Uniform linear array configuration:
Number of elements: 8
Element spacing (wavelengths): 0.25
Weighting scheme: hann
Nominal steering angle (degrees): -15
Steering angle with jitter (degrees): -16.392
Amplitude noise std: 0.05
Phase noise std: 0.05

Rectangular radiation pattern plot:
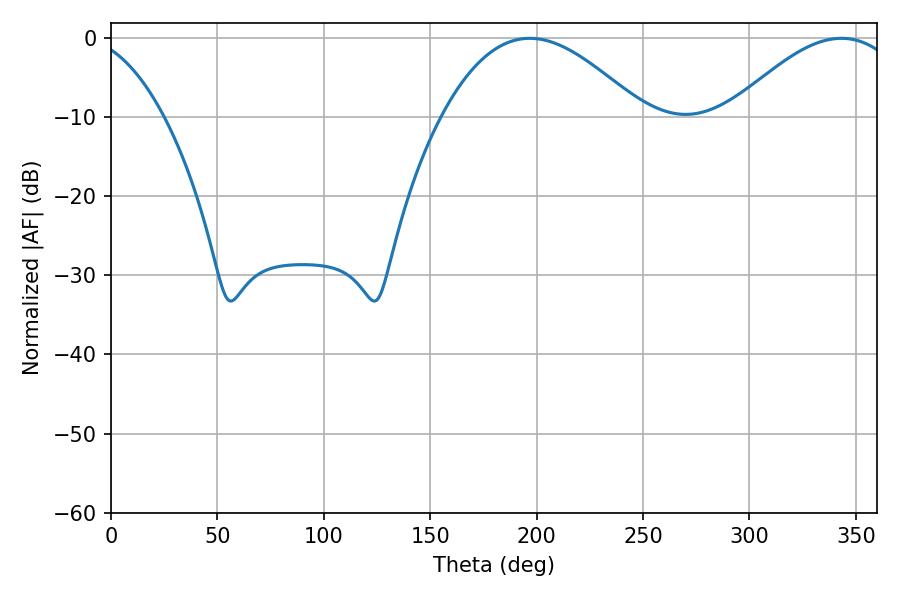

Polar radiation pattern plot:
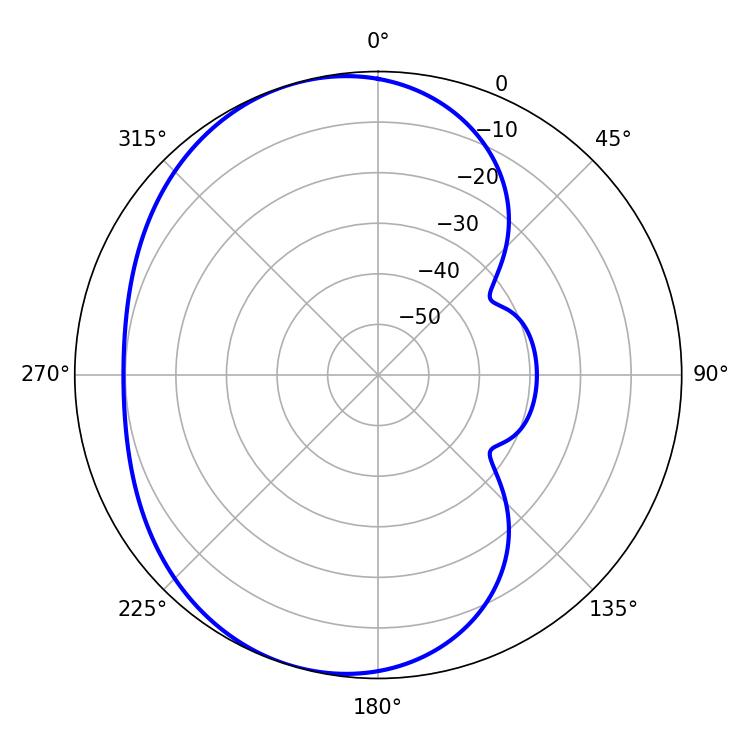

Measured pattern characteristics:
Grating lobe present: FALSE
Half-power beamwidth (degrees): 51.3
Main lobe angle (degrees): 196.74